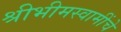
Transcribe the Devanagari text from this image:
श्रीभीमस्वामींचे